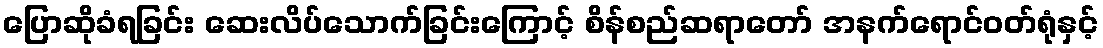
ပြောဆိုခံရခြင်း ဆေးလိပ်သောက်ခြင်းကြောင့် စိန်စည်ဆရာတော် အနက်ရောင်ဝတ်ရုံနှင့်